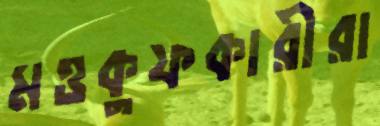
মওকুফকারীরা